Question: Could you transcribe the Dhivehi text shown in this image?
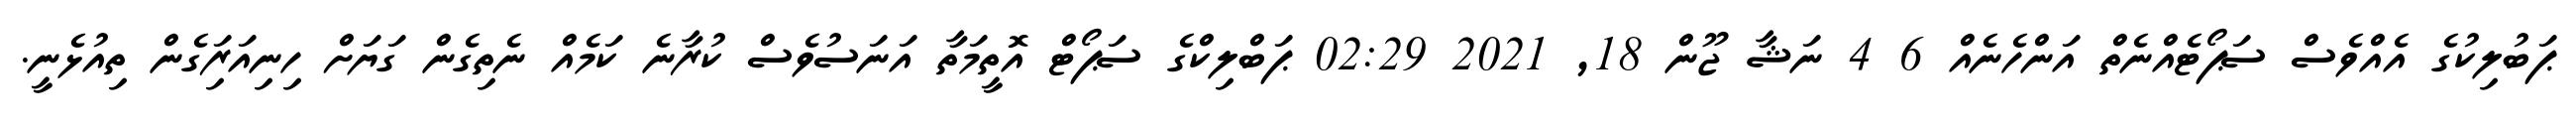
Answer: ޕަބުލިކުގެ އެއްވެސް ސަޕޯޓެއްނެތް އަންހެނެއް 6 4 ނަޝާ ޖޫން 18, 2021 02:29 ޕަބްލިކްގެ ސަޕޯޓް އޮތީމަތާ އަނަސުވެސް ކުރާނެ ކަމެއް ނެތިގެން ގަޔަށް ހިނިއަރަިގެން ތިއުޅެނީ.